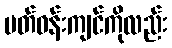
ပတ်ဝန်းကျင်ကိုလည်း